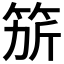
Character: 𥭄